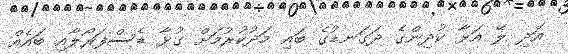
އަދި ލޭ އަޅާ ކުދިންގެ ދަގަނޑުގެ ބައި މަދުކުރުމަށް ގުޅާ ޑެސްފަރޯލާއި ބައެއް